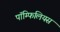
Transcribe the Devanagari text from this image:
पॉम्फिलियस